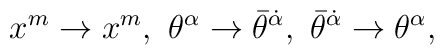
x^m \rightarrow x^m, \ \theta^\alpha \rightarrow \bar\theta^{\dot\alpha},\ \bar\theta^{\dot\alpha} \rightarrow \theta^\alpha,